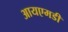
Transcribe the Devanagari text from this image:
आयएमडी